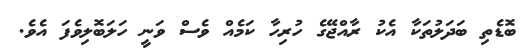
ބޮޑެތި ބަދަލުތަކާ އެކު ރާއްޖޭގެ ހުރިހާ ކަމެއް ވެސް ވަނީ ހަލަބޮލިވެފަ އެވެ.